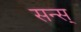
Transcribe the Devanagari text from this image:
सन्स्